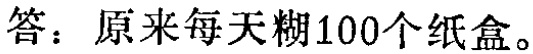
答：原来每天糊100个纸盒。